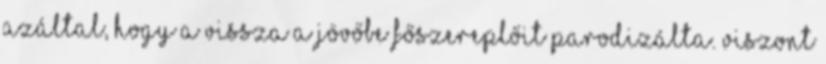
azáltal, hogy a Vissza a jövőbe főszereplőit parodizálta. Viszont